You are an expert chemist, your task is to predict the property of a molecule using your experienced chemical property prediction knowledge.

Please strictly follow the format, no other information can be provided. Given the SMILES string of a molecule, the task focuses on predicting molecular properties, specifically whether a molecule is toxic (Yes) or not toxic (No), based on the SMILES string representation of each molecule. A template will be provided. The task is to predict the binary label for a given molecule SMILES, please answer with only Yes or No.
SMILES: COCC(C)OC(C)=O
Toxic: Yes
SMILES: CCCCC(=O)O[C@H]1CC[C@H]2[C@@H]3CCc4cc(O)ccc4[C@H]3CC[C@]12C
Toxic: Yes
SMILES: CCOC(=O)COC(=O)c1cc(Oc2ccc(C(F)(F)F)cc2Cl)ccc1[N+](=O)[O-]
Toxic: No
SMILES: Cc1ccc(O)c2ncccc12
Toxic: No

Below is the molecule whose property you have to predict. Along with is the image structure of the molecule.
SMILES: CC(C)(C)c1ccc(C(=O)CCCN2CCC(OC(c3ccccc3)c3ccccc3)CC2)cc1
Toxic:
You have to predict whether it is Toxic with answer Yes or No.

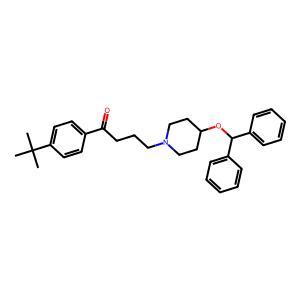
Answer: No